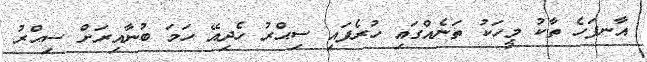
އާނފަހެ ތާކު މީހަކު ތަނެއްގައި ހުރެފައި ސިޙްރު ހެދިއޭ ހަމަ ބުނާއިރަށް ސިޙްރު